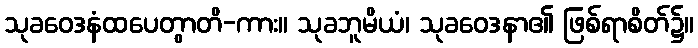
သုခဝေဒနံထပေတွာတိ-ကား။ သုခဘူမိယံ၊ သုခဝေဒနာ၏ ဖြစ်ရာစိတ်၌။